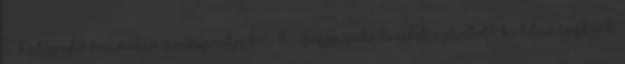
a határidő számítás szempontjából. A Fogyasztó levelét ajánlott küldeményként